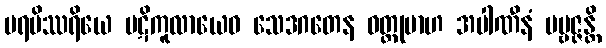
ပရမိဿရိယေ ပဋိကူလာယေဝ သေဒဂတေန ဝတ္ထုမာဟ အပါဏီနံ ပဗ္ဗဇ္ဇန္တိ